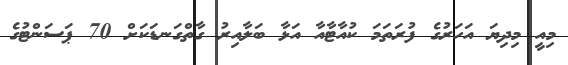
މިއީ މިދިޔަ އަހަރުގެ ފުރަތަމަ ކުއާޓާއާ އަޅާ ބަލާއިރު ގާތްގަނޑަކަށް 70 ޕަސަންޓުގެ